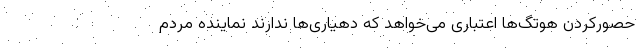
حصورکردن هوتگ‌ها اعتباری می‌خواهد که دهیاری‌ها ندارند نماینده مردم